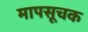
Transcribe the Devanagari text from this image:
मापसूचक